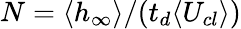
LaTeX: N=\langle h_{\infty}\rangle/(t_{d}\langle U_{cl}\rangle)